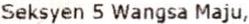
SEKSYEN 5 WANGSA MAJU,